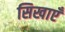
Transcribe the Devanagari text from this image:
सिखाएँ